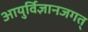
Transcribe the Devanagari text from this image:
आयुर्विज्ञानजगत्